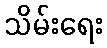
သိမ်းရေး